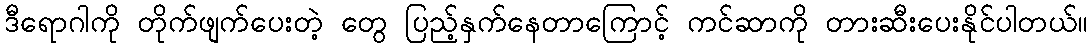
ဒီရောဂါကို တိုက်ဖျက်ပေးတဲ့ တွေ ပြည့်နှက်နေတာကြောင့် ကင်ဆာကို တားဆီးပေးနိုင်ပါတယ်။